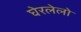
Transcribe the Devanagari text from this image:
घेरलेलो